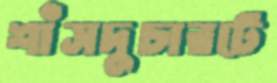
শাঁসদুচারটে